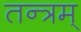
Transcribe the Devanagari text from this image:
तन्त्रम्